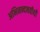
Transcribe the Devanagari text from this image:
अभिनन्दनवीथी